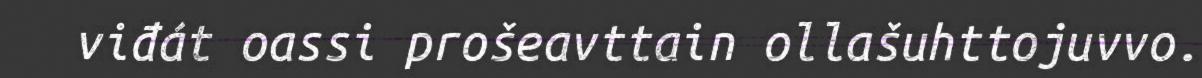
viđát oassi prošeavttain ollašuhttojuvvo.